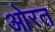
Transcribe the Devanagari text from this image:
ओरत